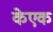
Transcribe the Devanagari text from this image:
केएक